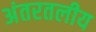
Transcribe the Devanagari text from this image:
अंतरतलीय